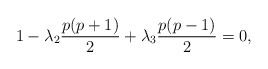
\begin{align*}1-\lambda_2 \frac{p(p+1)}{2} +\lambda_3 \frac{p(p-1)}{2} =0,\end{align*}